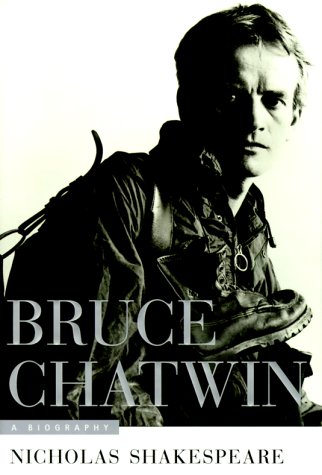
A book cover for Bruce Chatwin: A Biography; Nicholas Shakespeare; Gay & Lesbian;